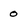
Character: 0